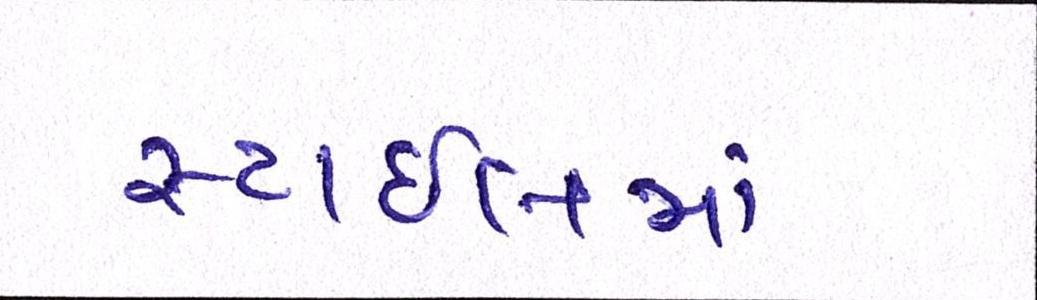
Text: સ્ટાઈલમાં